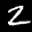
Label: 2